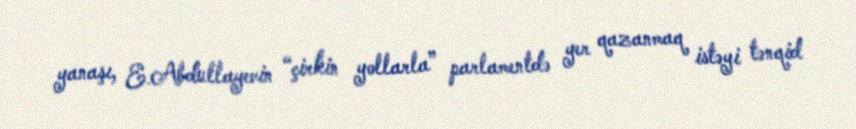
yanaşı, E.Abdullayevin “çirkin yollarla” parlamentdə yer qazanmaq istəyi tənqid